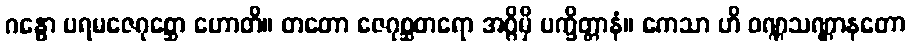
ဂန္ဓော ပရမဇေဂုစ္ဆော ဟောတိ။ တတော ဇေဂုစ္ဆတရော အဂ္ဂိမှိ ပက္ခိတ္တာနံ။ ကေသာ ဟိ ဝဏ္ဏသဏ္ဌာနတော